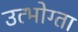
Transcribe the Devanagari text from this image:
उत्भोग्ता